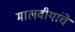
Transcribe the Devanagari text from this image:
मालवीयांचे